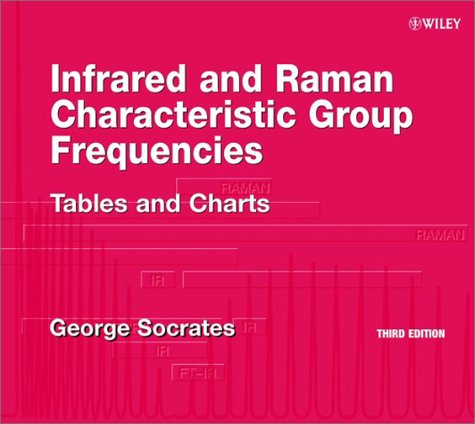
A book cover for Infrared and Raman Characteristic Group Frequencies: Tables and Charts, 3rd Edition; George Socrates; Science & Math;